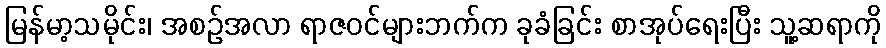
မြန်မာ့သမိုင်း၊ အစဉ်အလာ ရာဇဝင်များဘက်က ခုခံခြင်း စာအုပ်ရေးပြီး သူ့ဆရာကို